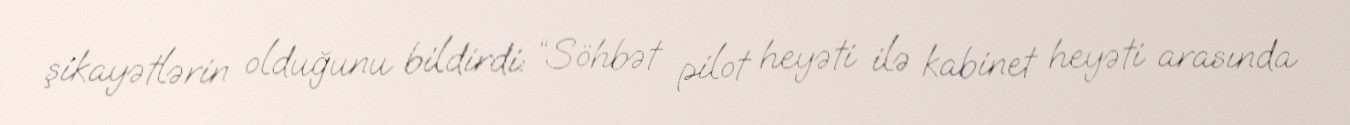
şikayətlərin olduğunu bildirdi: “Söhbət pilot heyəti ilə kabinet heyəti arasında